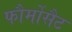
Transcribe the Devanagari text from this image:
फौर्मोसैट